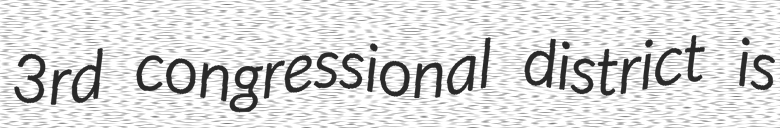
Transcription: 3rd congressional district is